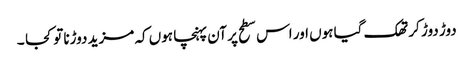
دوڑ دوڑ کر تھک گیا ہوں اور اس سطح پر آن پہنچا ہوں کہ مزید دوڑنا تو کجا ۔